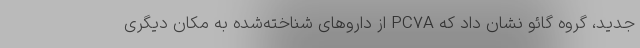
جدید، گروه گائو نشان داد که PC۷A از داروهای شناخته‌شده به مکان دیگری